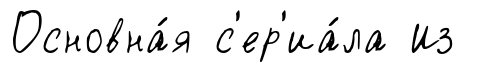
Основна́я с'ер'иа́ла Из